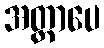
အတ္တာပေ